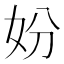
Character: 妢